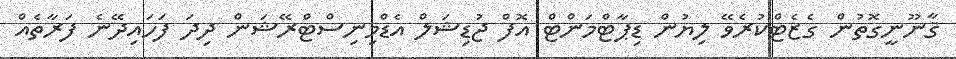
ޤާނޫނީގޮތުން ގެޒެޓްކުރެވޭ ލިޔުން ޑިޕާޓްމަންޓް އޮފް ޖުޑިޝަލް އެޑްމިނިސްޓްރޭޝަން ދިދަ ފަހައިދޭނެ ފަރާތެއް